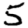
Digit: 5